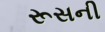
રૂસની